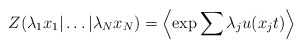
\begin{align*}Z( \lambda_{1} x_{1} | \ldots | \lambda_{N} x_{N} ) = \left\langle\exp{\sum{\lambda_{j}u(x_{j} t)}} \right\rangle\end{align*}